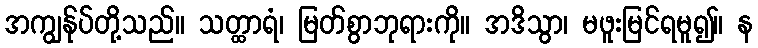
အကျွန်ုပ်တို့သည်။ သတ္ထာရံ၊ မြတ်စွာဘုရားကို။ အဒိသွာ၊ မဖူးမြင်ရမူ၍။ န